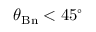
\theta _ { \mathrm { B n } } < 4 5 ^ { \circ }